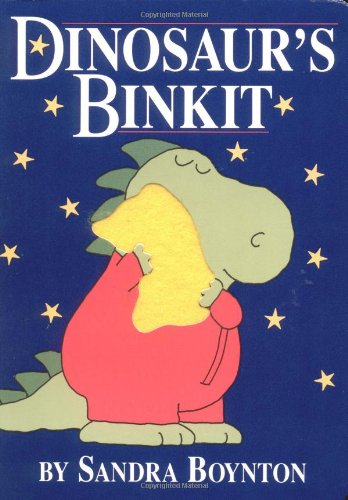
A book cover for Dinosaur's Binkit; Sandra Boynton; Children's Books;